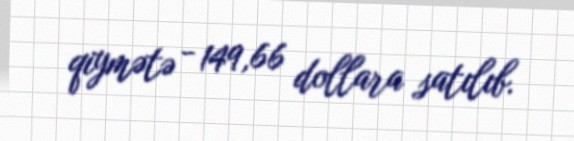
qiymətə - 149,66 dollara satılıb.